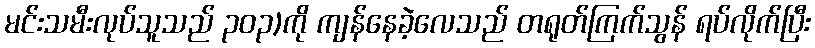
မင်းသမီးလုပ်သူသည် ၃၀၃)ကို ကျန်နေခဲ့လေသည် တရုတ်ကြက်သွန် ရပ်လိုက်ပြီး